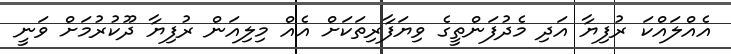
އެއްލައްކަ ރުފިޔާ އަދި މެދުފަންތީގެ ވިޔަފާރިތަކަށް އެއް މިލިއަން ރުފިޔާ ދޫކުރުމަށް ވަނީ